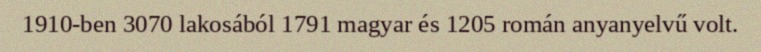
1910-ben 3070 lakosából 1791 magyar és 1205 román anyanyelvű volt.